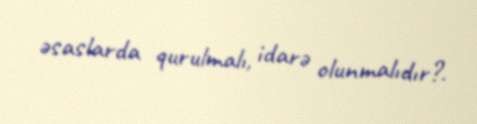
əsaslarda qurulmalı, idarə olunmalıdır?.